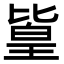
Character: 𪟫